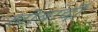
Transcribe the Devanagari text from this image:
लोबार्दी